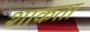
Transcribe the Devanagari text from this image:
शाकता